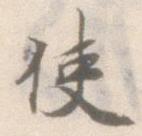
使